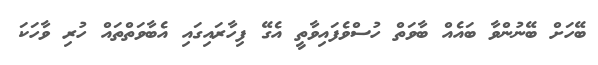
ބޭހަށް ބޭނުންވާ ބައެއް ބާވަތް ހުސްވެފައިވާތީ އެގޭ ފިހާރައިގައި އެބާވަތްތައް ހުރި ވާހަކަ